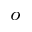
^ o